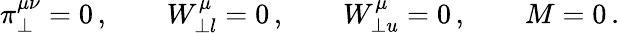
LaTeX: \pi_{\perp}^{\mu\nu}=0\, ,\qquad W_{\perp l}^{\mu}=0\, ,\qquad W_{\perp u}^{\mu}=0\, ,\qquad M=0\, .